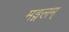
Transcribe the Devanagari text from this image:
मङ्गलम्